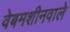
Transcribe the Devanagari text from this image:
वेबमशीनवाले